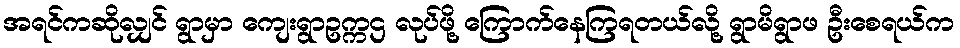
အရင်ကဆိုလျှင် ရွာမှာ ကျေးရွာဥက္ကဌ လုပ်ဖို့ ကြောက်နေကြရတယ်လို့ ရွာမိရွာဖ ဦးစေရယ်က